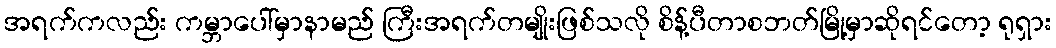
အရက်ကလည်း ကမ္ဘာပေါ်မှာနာမည် ကြီးအရက်တမျိုးဖြစ်သလို စိန့်ပီတာစဘတ်မြို့မှာဆိုရင်တော့ ရုရှား